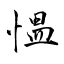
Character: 慍